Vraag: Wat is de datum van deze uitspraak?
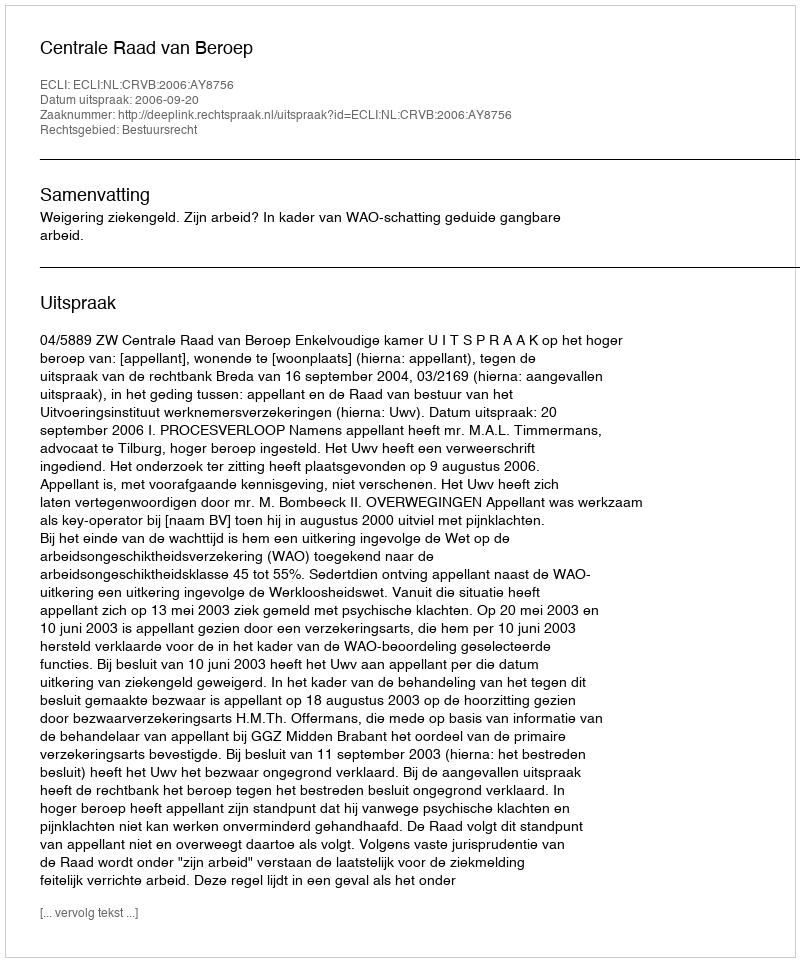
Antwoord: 2006-09-20